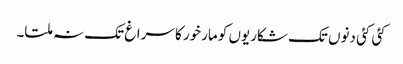
کئی کئی دنوں تک شکاریوں کو مارخور کا سراغ تک نہ ملتا۔